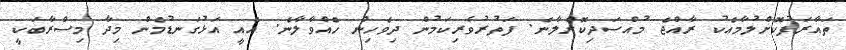
ތައާރަފުކޮށްލުމާއެކު ރާއްޖެ މުއްސަދިކޮށްލާނެ. ފަތުރުވެރިކަމުން ދިވެހިން ހެއްވާލާނެ. އެއީ އަޅުގަނޑުމެން މިދާ މިސްރާބަކީ